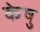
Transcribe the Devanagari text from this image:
केषु